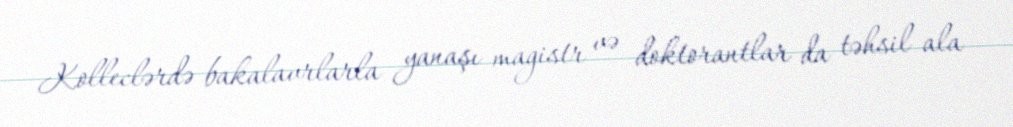
Kolleclərdə bakalavrlarla yanaşı magistr və doktorantlar da təhsil ala